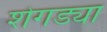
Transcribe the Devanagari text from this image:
शेगड्या